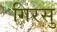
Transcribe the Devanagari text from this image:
गिरसु